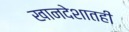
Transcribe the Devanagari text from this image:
खानदेशातही